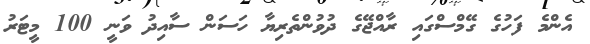
އެންމެ ފަހުގެ ގޭމްސްގައި ރާއްޖޭގެ ދުވުންތެރިޔާ ހަސަން ސާއިދު ވަނީ 100 މީޓަރު